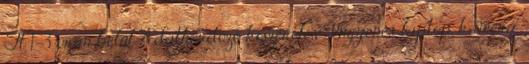
Ft 1-3 órán belül Adathordozó kiszerelés Ingyenes laptop, kamera,